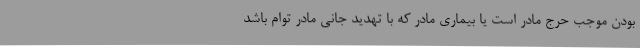
بودن موجب حرج مادر است یا بیماری مادر که با تهدید جانی مادر توام باشد